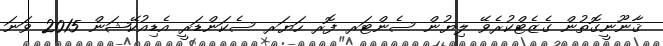
ޤާނޫނީގޮތުން ގެޒެޓްކުރެވޭ ލިޔުން ސެންޓަރ ފޮރ ހަޔަރ ސެކަންޑަރީ އެޑިއުކޭޝަން 2015 ވަނަ